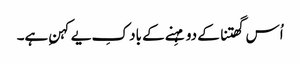
اُس گھتنا کے دو مہِنے کے باد کِ یے کہنِ ہے۔